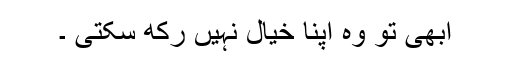
ابھی تو وہ اپنا خیال نہیں رکھ سکتی ۔